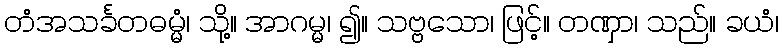
တံအသင်္ခတဓမ္မံ၊ သို့။ အာဂမ္မ၊ ၍။ သဗ္ဗသော၊ ဖြင့်။ တဏှာ၊ သည်။ ခယံ၊